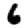
Digit: 6